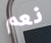
نعم